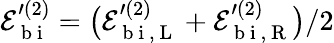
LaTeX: \mathcal{E}_{\mathrm{~b~i~}}^{\prime{(2)}}=\big(\mathcal{E}_{\mathrm{~b~i~},\mathrm{~L~}}^{\prime{(2)}}+\mathcal{E}_{\mathrm{~b~i~},\mathrm{~R~}}^{\prime{(2)}}\big)/2